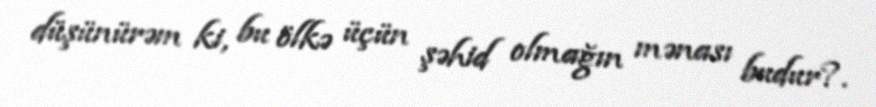
düşünürəm ki, bu ölkə üçün şəhid olmağın mənası budur?.